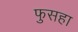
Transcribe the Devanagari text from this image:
फुसहा